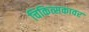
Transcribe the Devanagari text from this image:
चिकित्सकावर